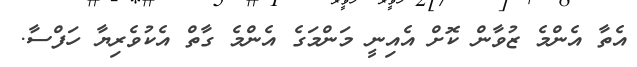
އެތާ އެންމެ ޒުވާން ކޮށް އެއިނީ މަންމަގެ އެންމެ ގާތް އެކުވެރިޔާ ހަފްސާ.